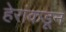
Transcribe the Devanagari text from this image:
हेरांकडून